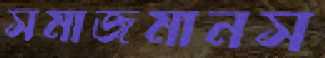
সমাজমানস